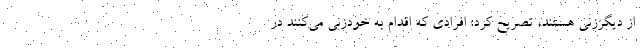
از دیگرزنی هستند، تصریح کرد: افرادی که اقدام به خودزنی می‌کنند در